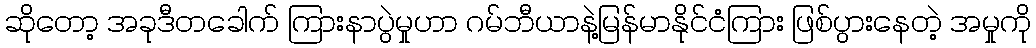
ဆိုတော့ အခုဒီတခေါက် ကြားနာပွဲမှုဟာ ဂမ်ဘီယာနဲ့မြန်မာနိုင်ငံကြား ဖြစ်ပွားနေတဲ့ အမှုကို